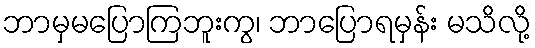
ဘာမှမပြောကြဘူးကွ၊ ဘာပြောရမှန်း မသိလို့